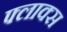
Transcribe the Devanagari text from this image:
फ्लाक्स